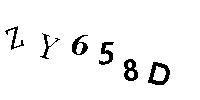
ZY658D